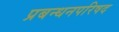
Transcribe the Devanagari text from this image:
प्रबन्धनपरिषद